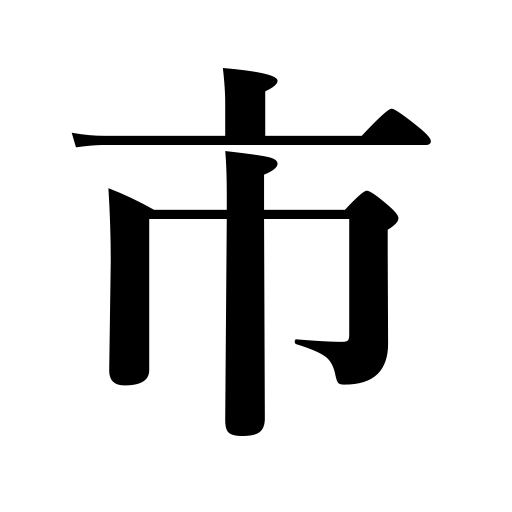
Meanings: city,market,fair,town